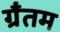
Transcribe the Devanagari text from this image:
ग्रँतम